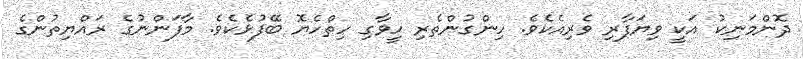
ދޮންމަނިކު އަކީ ވިޔަފާރި ވެރިއެކެވެ. ހިންގުންތެރި ހީވާގި ހިތްހެޔޮ ބޭފުޅެކެވެ. މާފަންނުގެ ރައްޔިތުންގެ